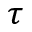
\tau